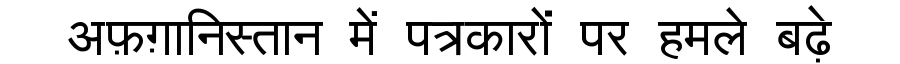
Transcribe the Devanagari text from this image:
अफ़ग़ानिस्तान में पत्रकारों पर हमले बढ़े